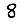
Digit: 8